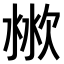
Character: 𣶙